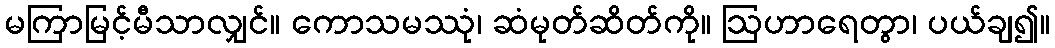
မကြာမြင့်မီသာလျှင်။ ကောသမဿုံ၊ ဆံမုတ်ဆိတ်ကို။ ဩဟာရေတွာ၊ ပယ်ချ၍။